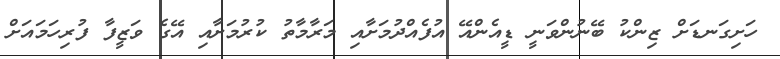
ހަށިގަނޑަށް ޒިންކު ބޭނުންވަނީ ޑީއެންއޭ އުފެއްދުމަށާއި މަރާމާތު ކުރުމަށާއި އޭގެ ވަޒީފާ ފުރިހަމައަށް